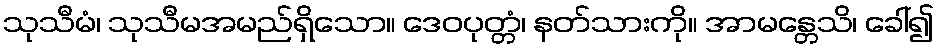
သုသီမံ၊ သုသီမအမည်ရှိသော။ ဒေဝပုတ္တံ၊ နတ်သားကို။ အာမန္တေသိ၊ ခေါ်၍